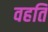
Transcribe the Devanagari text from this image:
वहति